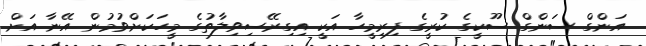
އަންގް ސަންގް ސޫކީގެ ކުރީގެ ފިރިމީހާ އަކީ އިގިރޭސިވިލާތުގެ މީހަކަށްވުމުން އޭނާ އަށް